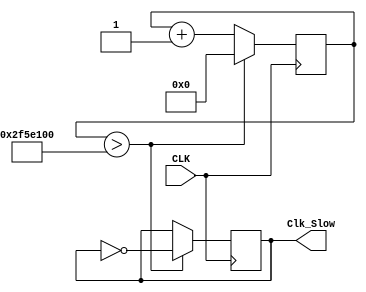
`timescale 1ns / 1ps
module Clk_Slow(CLK, Clk_Slow);
input CLK;
output Clk_Slow;
reg [31:0] counter_out;
reg Clk_Slow;
	initial begin
	counter_out<= 32'h00000000;
	Clk_Slow <=0;
	end	

always @(posedge CLK) begin
	counter_out<=    counter_out + 32'h00000001;		
	if (counter_out  > 32'h02F5E100) begin
		counter_out<= 32'h00000000;
		Clk_Slow <= !Clk_Slow;
		end
	end
endmodule 

module DFF(CLK,X,Q);
 input CLK;
 input X;
 output reg Q; 
 initial
 begin
 Q=0;
 end
 always @(posedge CLK)
  begin 
   Q=X;
  end 
endmodule

module counter(
 input CLK,
 input Start,
 output [3:0]LED,
 output [7:0]SSEG_AN,
 output reg [7:0]SSEG_CA);
 
 Clk_Slow SC(CLK, Clk_Slow);
 
 reg [3:0]NS;
 wire [3:0]P;
 
 always @(negedge Clk_Slow)
  begin
   if(Start)
    begin
        NS[3]<=(!P[3]&&!P[2])||(P[3]&&!P[1])||(!P[3]&&P[1]&&!P[0]);
        NS[2]<=(!P[2])||(!P[3]&&!P[1])||(P[3]&&P[0]);
        NS[1]<=(!P[3]&&P[0])||(P[3]&&P[2]);
        NS[0]<=(!P[3]&&P[2])||(!P[3]&&P[1]);
    end   
  end
 
 assign SSEG_AN=8'b11111110;
 
 DFF FF0(CLK,NS[0],P[0]);
 DFF FF1(CLK,NS[1],P[1]);
 DFF FF2(CLK,NS[2],P[2]);
 DFF FF3(CLK,NS[3],P[3]);
 
 always @(posedge Clk_Slow)
 begin
  case(P)
   4'b0000:SSEG_CA=8'b01000000;
   4'b0001:SSEG_CA=8'b01111001;
   4'b0010:SSEG_CA=8'b00100100;
   4'b0011:SSEG_CA=8'b00110000;
   4'b0100:SSEG_CA=8'b00011001;
   4'b0101:SSEG_CA=8'b00010010; 
   4'b0110:SSEG_CA=8'b00000010;
   4'b0111:SSEG_CA=8'b01111000;
   4'b1000:SSEG_CA=8'b00000000;
   4'b1001:SSEG_CA=8'b00011000;
   4'b1010:SSEG_CA=8'b00001000;
   4'b1011:SSEG_CA=8'b00000011;
   4'b1100:SSEG_CA=8'b01000110;
   4'b1101:SSEG_CA=8'b00100001;
   4'b1110:SSEG_CA=8'b00000110;
   4'b1111:SSEG_CA=8'b00001110;
   endcase
  end
 
 assign LED=P; 
 

 endmodule